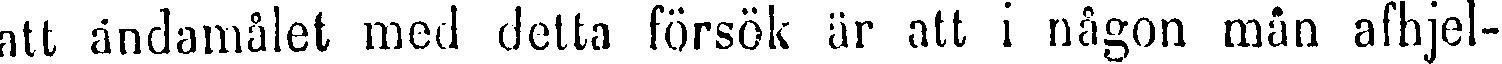
att ändamålet med delta försök är att i någon mån afhjel-